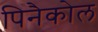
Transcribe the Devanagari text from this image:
पिनैकोल